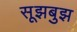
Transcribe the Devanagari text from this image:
सूझबुझ